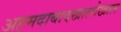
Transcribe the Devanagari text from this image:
अहमदाबादखालोखाल